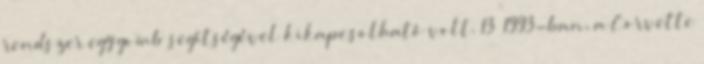
rendszer egy gomb segítségével kikapcsolható volt. 13 1993-ban, a Corvette